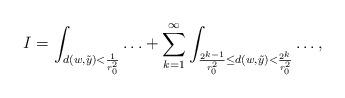
LaTeX: \begin{align*}I =\int_{ d(w,\tilde{y}) < \frac{1}{r_0^2} } \ldots + \sum_{k=1}^\infty \int_{ \frac{2^{k-1}}{r_0^2} \le d(w,\tilde{y}) < \frac{2^k}{r_0^2} }\ldots,\end{align*}